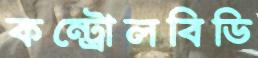
কন্ট্রোলবিডি